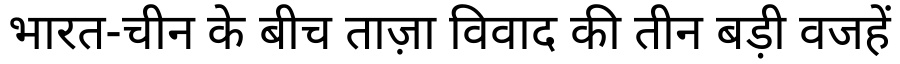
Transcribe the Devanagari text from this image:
भारत-चीन के बीच ताज़ा विवाद की तीन बड़ी वजहें